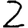
Digit: 2